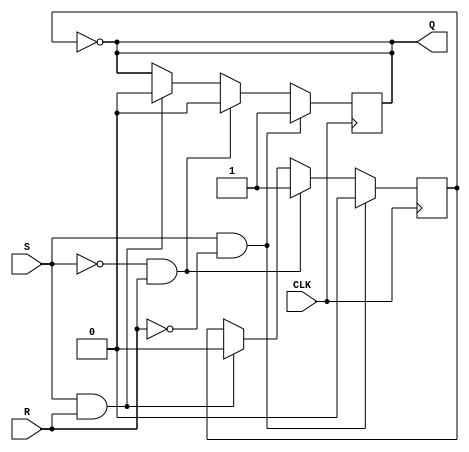
module edge_triggered_sr_ff (
    input S, R, CLK,
    output reg Q
);

reg Q_bar;

always @(posedge CLK)
begin
    if (S && !R) // Set operation
    begin
        Q <= 1;
        Q_bar <= 0;
    end
    else if (!S && R) // Reset operation
    begin
        Q <= 0;
        Q_bar <= 1;
    end
    else if (S && R) // Invalid state
    begin
        Q <= 0;
        Q_bar <= 0;
    end
    else // Hold state
    begin
        Q <= Q;
        Q_bar <= Q_bar;
    end
end

assign Q = ~Q_bar;

endmodule